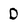
Character: D